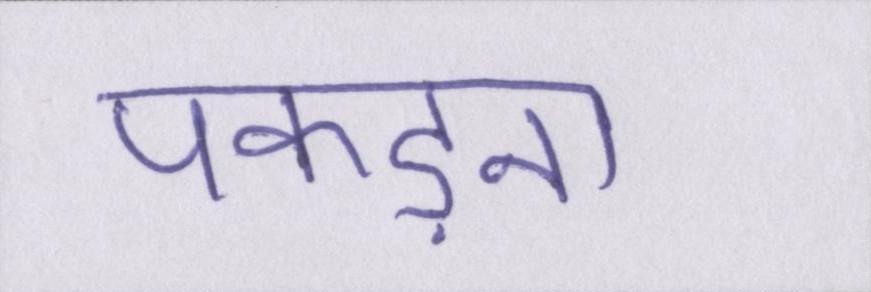
पकड़ना